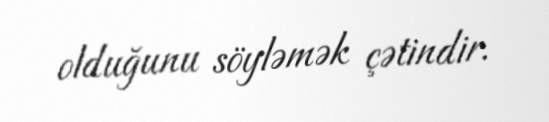
olduğunu söyləmək çətindir.